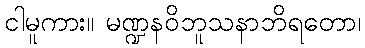
ငါမူကား။ မဏ္ဍနဝိဘူသနာဘိရတော၊